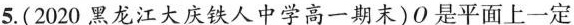
5.(2020黑龙江大庆铁人中学高一期末)O是平面上一定